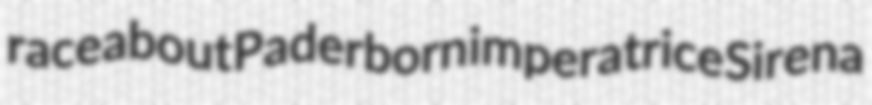
raceabout Paderborn imperatrice Sirena